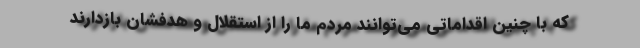
که با چنین اقداماتی می‌توانند مردم ما را از استقلال و هدفشان بازدارند